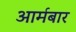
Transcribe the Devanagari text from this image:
आर्मबार